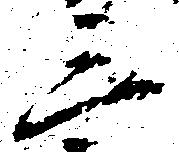
三